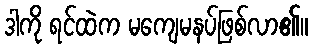
ဒါကို ရင်ထဲက မကျေမနပ်ဖြစ်လာ၏။